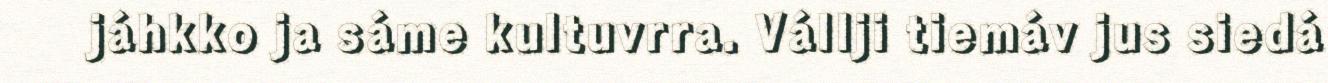
jáhkko ja sáme kultuvrra. Vállji tiemáv jus siedá